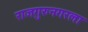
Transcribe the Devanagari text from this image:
राजगुरुनगरला